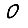
Digit: 0